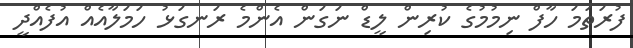
ފުރަތަމަ ހާފް ނިމުމުގެ ކުރިން ލީޑް ނަގަން އެންމެ ރަނގަޅު ހަމަލާއެއް އުފެއްދީ